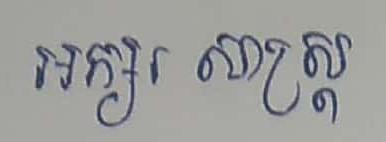
អក្សរ សាស្ដ្រ